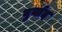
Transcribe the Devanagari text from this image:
बुर्याद